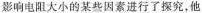
影响电阻大小的某些因素进行了探究，他